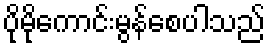
ပိုမိုကောင်းမွန်စေပါသည်